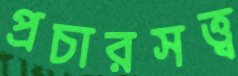
প্রচারসত্ত্ব